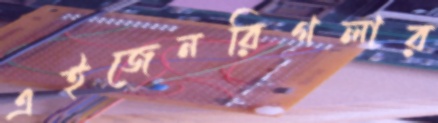
এইজেনরিগলার